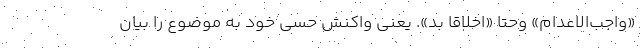
«واجب‌الاعدام» وحتا «اخلاقا بد». یعنی واکنش حسی خود به موضوع را بیان